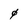
Character: 0